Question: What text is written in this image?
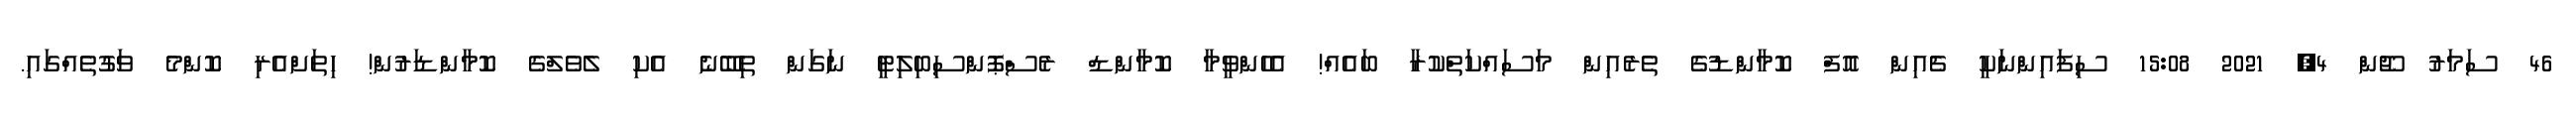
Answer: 46 ސަމަރު ޖޫން 4, 2021 15:08 ސިފައިންނަކީ ޗެއިން އޮފް ކޮމާންޑުގެ ތެރެއިން މަސައްކަތްކުރާ ބައެއް! އެހެންވީމާ ކޮމާންޑް ރެސްޕޮންސިބިލިޓީ ނަގަން ތިބޭނެ އެކި ލެވެލްގެ ކޮމާންޑަރުން! ހިތަށްއެރި ކޮންމެ ވަގުތެއްގައި.